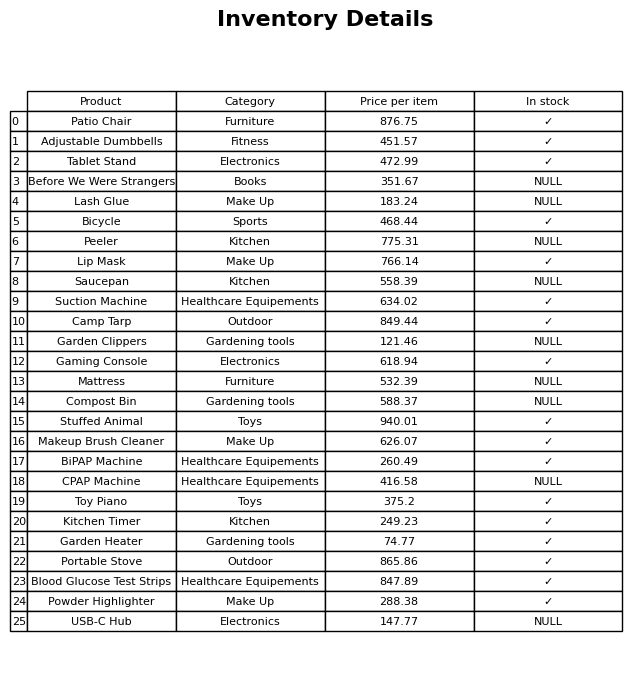
question: Which products are available in stock?
answer: Patio Chair, Adjustable Dumbbells, Tablet Stand, Bicycle, Lip Mask, Suction Machine, Camp Tarp, Gaming Console, Stuffed Animal, Makeup Brush Cleaner, BiPAP Machine, Toy Piano, Kitchen Timer, Garden Heater, Portable Stove, Blood Glucose Test Strips, Powder Highlighter